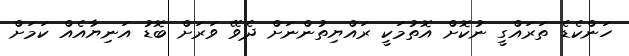
ހަންކެޑެ ތަރައްގީ ނުކޮށް އޮތުމަކީ ރައްޔިތުންނަށް ދެވޭ ވަރަށް ބޮޑު އަނިޔާއެއް ކަމަށް